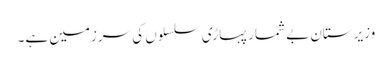
وزیرستان بے شمار پہاڑی سلسلوں کی سرزمین ہے۔